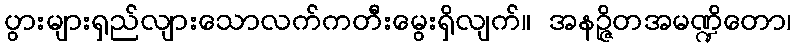
ပွားများရှည်လျားသောလက်ကတီးမွေးရှိလျက်။ အနဉ္ဇိတအမဏ္ဍိတော၊